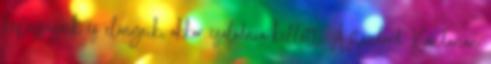
képességeik és előnyeik, akkor csalódnia kellett. A standard Xandarian